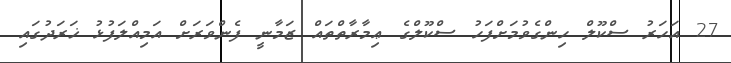
27 އަހަރު ސްކޫލް ހިންގެވުމަށްފަހު ސްކޫލްގެ ޢިމާރާތްތައް ޒަމާނީ ފެންވަރަށް އަމިއްލަފުޅު ޚަރަދުގައި